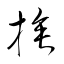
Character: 捶